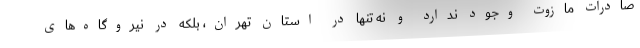
صادرات مازوت وجود ندارد و نه تنها در استان تهران، بلکه در نیروگاه‌های